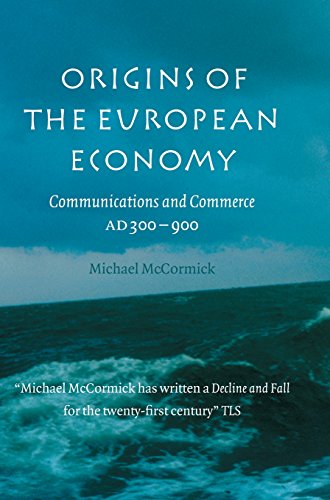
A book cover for Origins of the European Economy: Communications and Commerce AD 300 - 900; Michael McCormick; Business & Money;